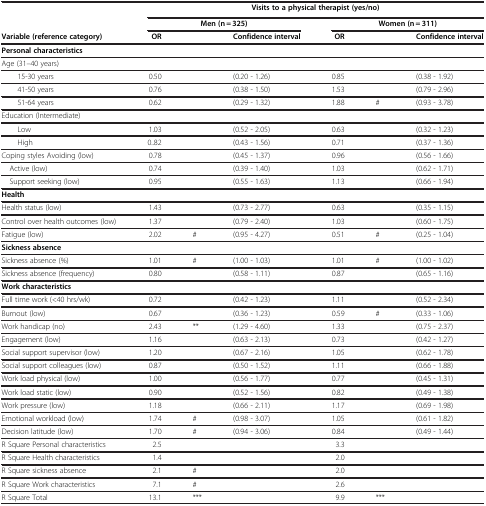
<table><thead><tr><td><b> </b></td><td colspan="6"><b>Visits to a physical therapist (yes/no)</b></td></tr></thead><tbody><tr><td> </td><td colspan="3"><b>Men (n = 325)</b></td><td colspan="3"><b>Women (n = 311)</b></td></tr><tr><td><b>Variable (reference category)</b></td><td><b>OR</b></td><td> </td><td><b>Confidence interval</b></td><td><b>OR</b></td><td> </td><td><b>Confidence interval</b></td></tr><tr><td><b>Personal characteristics</b></td><td> </td><td> </td><td> </td><td> </td><td> </td><td> </td></tr><tr><td>Age (31–40 years)</td><td> </td><td> </td><td> </td><td> </td><td> </td><td> </td></tr><tr><td>15-30 years</td><td>0.50</td><td> </td><td>(0.20 - 1.26)</td><td>0.85</td><td> </td><td>(0.38 - 1.92)</td></tr><tr><td>41-50 years</td><td>0.76</td><td> </td><td>(0.38 - 1.50)</td><td>1.53</td><td> </td><td>(0.79 - 2.96)</td></tr><tr><td>51-64 years</td><td>0.62</td><td> </td><td>(0.29 - 1.32)</td><td>1.88</td><td>#</td><td>(0.93 - 3.78)</td></tr><tr><td>Education (Intermediate)</td><td> </td><td> </td><td> </td><td> </td><td> </td><td> </td></tr><tr><td>Low</td><td>1.03</td><td> </td><td>(0.52 - 2.05)</td><td>0.63</td><td> </td><td>(0.32 - 1.23)</td></tr><tr><td>High</td><td>0..82</td><td> </td><td>(0.43 - 1.56)</td><td>0.71</td><td> </td><td>(0.37 - 1.36)</td></tr><tr><td>Coping styles Avoiding (low)</td><td>0.78</td><td> </td><td>(0.45 - 1.37)</td><td>0.96</td><td> </td><td>(0.56 - 1.66)</td></tr><tr><td> Active (low)</td><td>0.74</td><td> </td><td>(0.39 - 1.40)</td><td>1.03</td><td> </td><td>(0.62 - 1.71)</td></tr><tr><td> Support seeking (low)</td><td>0.95</td><td> </td><td>(0.55 - 1.63)</td><td>1.13</td><td> </td><td>(0.66 - 1.94)</td></tr><tr><td><b>Health</b></td><td> </td><td> </td><td> </td><td> </td><td> </td><td> </td></tr><tr><td>Health status (low)</td><td>1.43</td><td> </td><td>(0.73 - 2.77)</td><td>0.63</td><td> </td><td>(0.35 - 1.15)</td></tr><tr><td>Control over health outcomes (low)</td><td>1.37</td><td> </td><td>(0.79 - 2.40)</td><td>1.03</td><td> </td><td>(0.60 - 1.75)</td></tr><tr><td>Fatigue (low)</td><td>2.02</td><td>#</td><td>(0.95 - 4.27)</td><td>0.51</td><td>#</td><td>(0.25 - 1.04)</td></tr><tr><td><b>Sickness absence</b></td><td> </td><td> </td><td> </td><td> </td><td> </td><td> </td></tr><tr><td>Sickness absence (%)</td><td>1.01</td><td>#</td><td>(1.00 - 1.03)</td><td>1.01</td><td>#</td><td>(1.00 - 1.02)</td></tr><tr><td>Sickness absence (frequency)</td><td>0.80</td><td> </td><td>(0.58 - 1.11)</td><td>0.87</td><td> </td><td>(0.65 - 1.16)</td></tr><tr><td><b>Work characteristics</b></td><td> </td><td> </td><td> </td><td> </td><td> </td><td> </td></tr><tr><td>Full time work (&lt;40 hrs/wk)</td><td>0.72</td><td> </td><td>(0.42 - 1.23)</td><td>1.11</td><td> </td><td>(0.52 - 2.34)</td></tr><tr><td>Burnout (low)</td><td>0.67</td><td> </td><td>(0.36 - 1.23)</td><td>0.59</td><td>#</td><td>(0.33 - 1.06)</td></tr><tr><td>Work handicap (no)</td><td>2.43</td><td>**</td><td>(1.29 - 4.60)</td><td>1.33</td><td> </td><td>(0.75 - 2.37)</td></tr><tr><td>Engagement (low)</td><td>1.16</td><td> </td><td>(0.63 - 2.13)</td><td>0.73</td><td> </td><td>(0.42 - 1.27)</td></tr><tr><td>Social support supervisor (low)</td><td>1.20</td><td> </td><td>(0.67 - 2.16)</td><td>1.05</td><td> </td><td>(0.62 - 1.78)</td></tr><tr><td>Social support colleagues (low)</td><td>0.87</td><td> </td><td>(0.50 - 1.52)</td><td>1.11</td><td> </td><td>(0.66 - 1.88)</td></tr><tr><td>Work load physical (low)</td><td>1.00</td><td> </td><td>(0.56 - 1.77)</td><td>0.77</td><td> </td><td>(0.45 - 1.31)</td></tr><tr><td>Work load static (low)</td><td>0.90</td><td> </td><td>(0.52 - 1.56)</td><td>0.82</td><td> </td><td>(0.49 - 1.38)</td></tr><tr><td>Work pressure (low)</td><td>1.18</td><td> </td><td>(0.66 - 2.11)</td><td>1.17</td><td> </td><td>(0.69 - 1.98)</td></tr><tr><td>Emotional workload (low)</td><td>1.74</td><td>#</td><td>(0.98 - 3.07)</td><td>1.05</td><td> </td><td>(0.61 - 1.82)</td></tr><tr><td>Decision latitude (low)</td><td>1.70</td><td>#</td><td>(0.94 - 3.06)</td><td>0.84</td><td> </td><td>(0.49 - 1.44)</td></tr><tr><td>R Square Personal characteristics</td><td>2.5</td><td> </td><td> </td><td>3.3</td><td> </td><td> </td></tr><tr><td>R Square Health characteristics</td><td>1.4</td><td> </td><td> </td><td>2.0</td><td> </td><td> </td></tr><tr><td>R Square sickness absence</td><td>2.1</td><td>#</td><td> </td><td>2.0</td><td> </td><td> </td></tr><tr><td>R Square Work characteristics</td><td>7.1</td><td>#</td><td> </td><td>2.6</td><td> </td><td> </td></tr><tr><td>R Square Total</td><td>13.1</td><td>***</td><td> </td><td>9.9</td><td>***</td><td> </td></tr></tbody></table>